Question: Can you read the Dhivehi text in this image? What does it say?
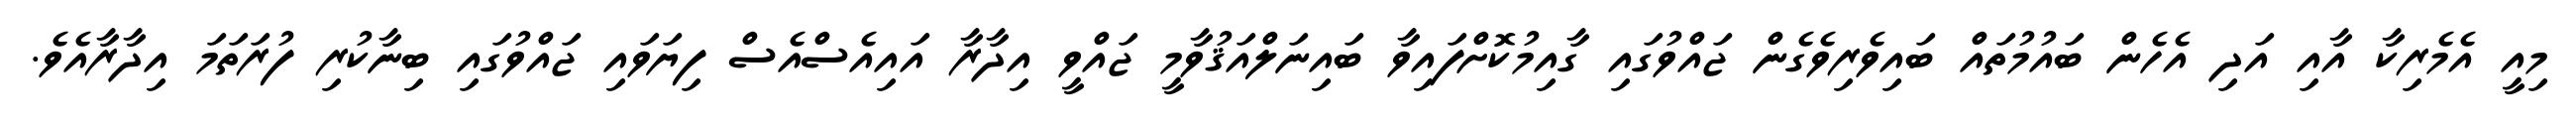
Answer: މިއީ އެމެރިކާ އާއި އަދި އެހެން ބައުމުތައް ބައިވެރިވެގެން ޖައްވުގައި ގާއިމުކޮށްފައިވާ ބައިނަލްއަޤުވާމީ ޖައްވީ އިދާރާ އައިއެސްއެސް ފިޔަވައި ޖައްވުގައި ބިނާކުރި ފުރަތަމަ އިދާރާއެވެ.